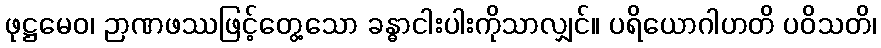
ဖုဋ္ဌမေဝ၊ ဉာဏဖဿဖြင့်တွေ့သော ခန္ဓာငါးပါးကိုသာလျှင်။ ပရိယောဂါဟတိ ပဝိသတိ၊